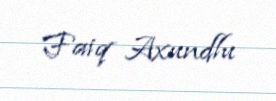
Faiq Axundlu